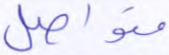
متواصل